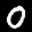
Label: 0